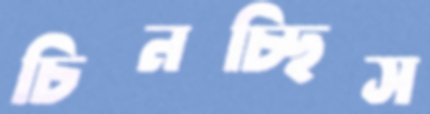
চিনচ্ছিস